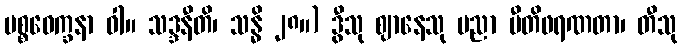
ပစ္စဝေက္ခနာ ဝါ။ သဒ္ဒနီတိ၊ သန္ဓိ ၂၈။) ဒွီသု ဈာနေသု ပညာ ပီတိဖရဏတာ၊ တီသု